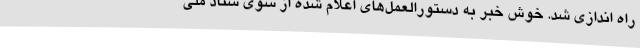
راه اندازی شد. خوش خبر به دستورالعمل‌های اعلام شده از سوی ستاد ملی